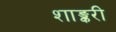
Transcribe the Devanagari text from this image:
शाङ्करी